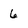
Character: 6